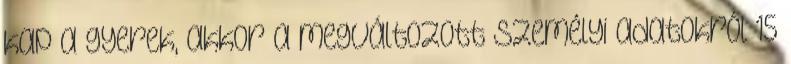
kap a gyerek, akkor a megváltozott személyi adatokról 15